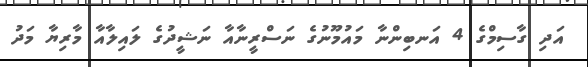
އަދި ގާސިމްގެ 4 އަނބިންނާ މައުމޫނުގެ ނަސްރީނާއާ ނަޝީދުގެ ލައިލާއާ މާރިޔާ މަދު